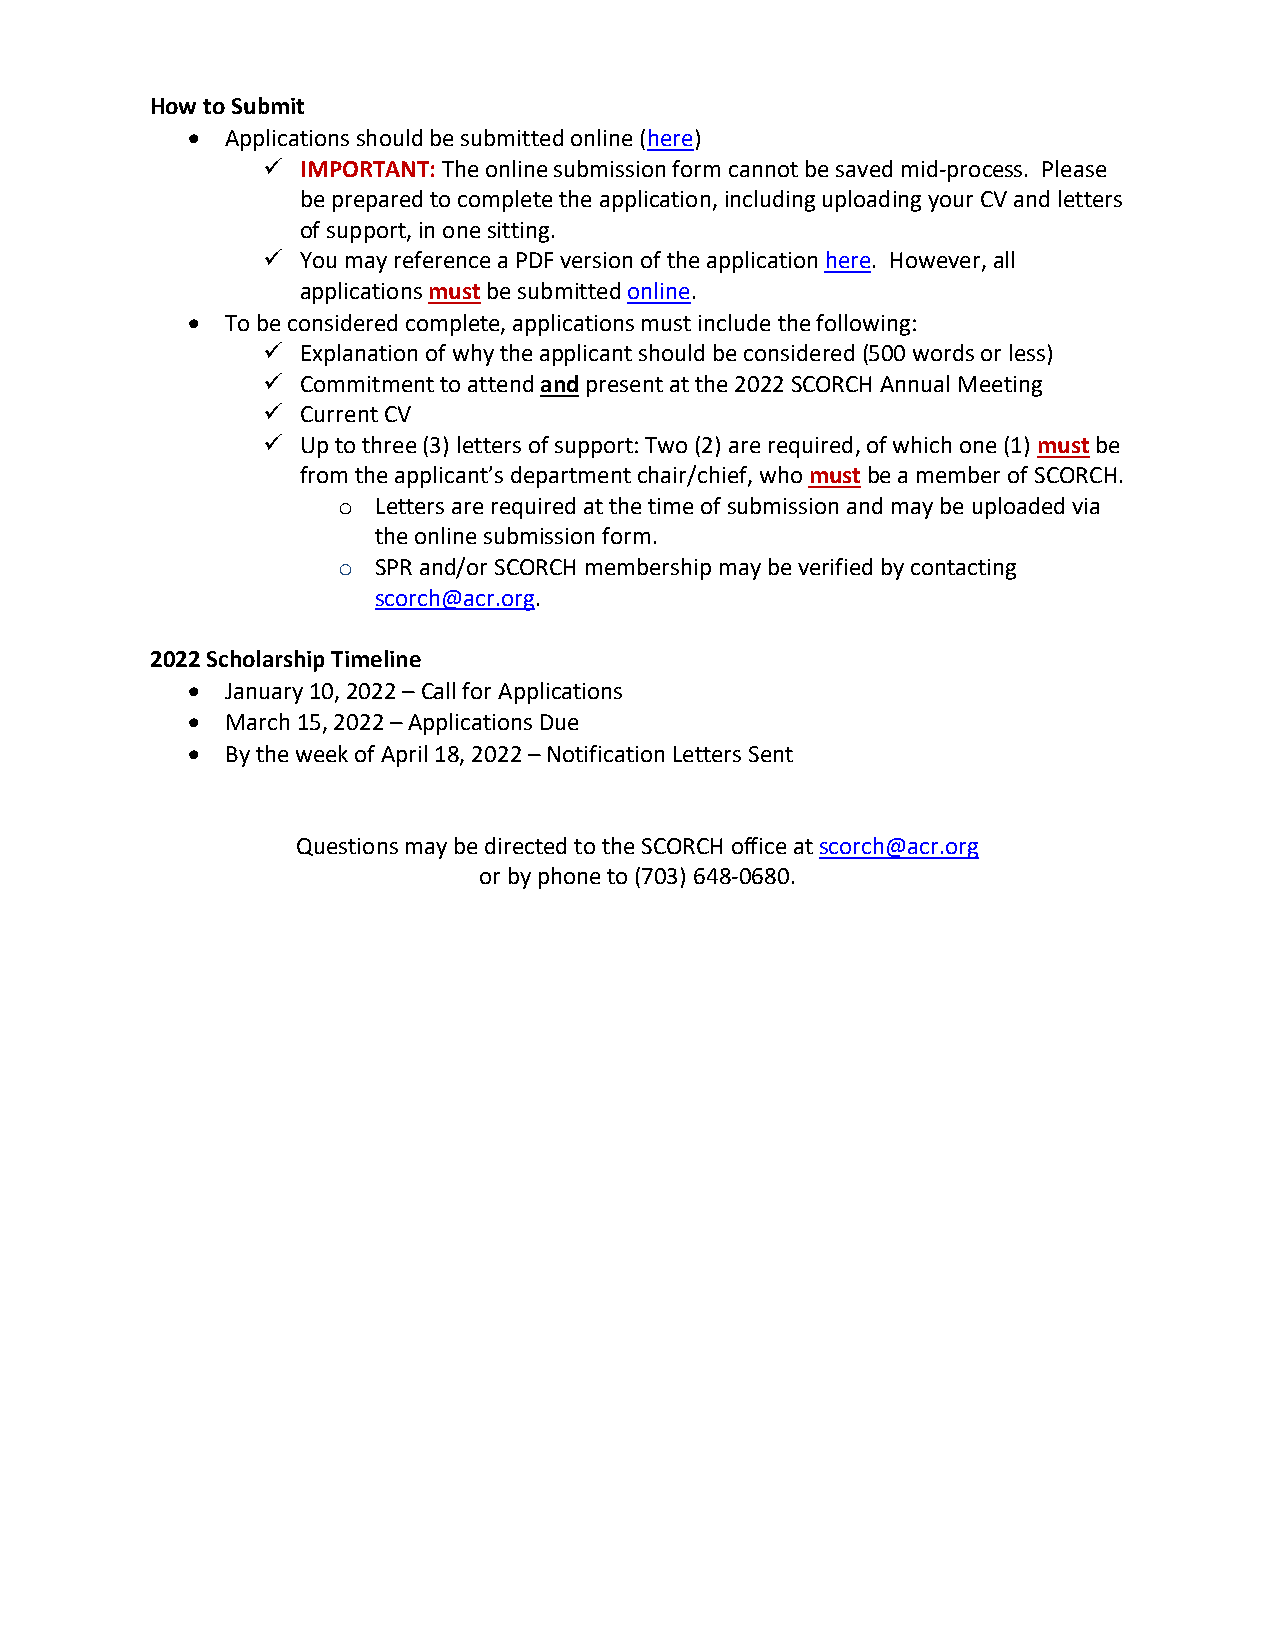
How to Submit
 •  Applications should be submitted online (here)
   IMPORTANT: The online submission form cannot be saved mid-process. Please
 be prepared to complete the application, including uploading your CV and letters
 of support, in one sitting.
   You may reference a PDF version of the application here. However, all
 applications must be submitted online.
 •  To be considered complete, applications must include the following:
   Explanation of why the applicant should be considered (500 words or less)
   Commitment to attend and present at the 2022 SCORCH Annual Meeting
   Current CV
   Up to three (3) letters of support: Two (2) are required, of which one (1) must be
 from the applicant’s department chair/chief, who must be a member of SCORCH.
 Letters are required at the time of submission and may be uploaded via
 o
 the online submission form.
 SPR and/or SCORCH membership may be verified by contacting
 o
 scorch@acr.org.
 2022 Scholarship Timeline
 •  January 10, 2022 – Call for Applications
 •  March 15, 2022 – Applications Due
 •  By the week of April 18, 2022 – Notification Letters Sent
 Questions may be directed to the SCORCH office at scorch@acr.org
 or by phone to (703) 648-0680.